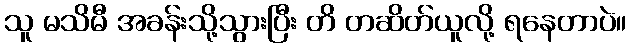
သူ မသိမီ အခန်းသို့သွားပြီး တိ တဆိတ်ယူလို့ ရနေတာပဲ။